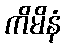
ကိမိနံ